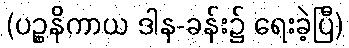
(ပဉ္စနိကာယ ဒါန-ခန်း၌ ရေးခဲ့ပြီ)